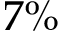
7 \%